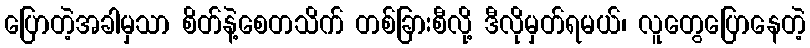
ပြောတဲ့အခါမှသာ စိတ်နဲ့စေတသိက် တစ်ခြားစီလို့ ဒီလိုမှတ်ရမယ်၊ လူတွေပြောနေတဲ့